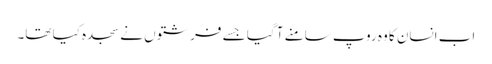
اب انسان کا وہ روپ سامنے آ گیا جسے فرشتوں نے سجدہ کیا تھا۔